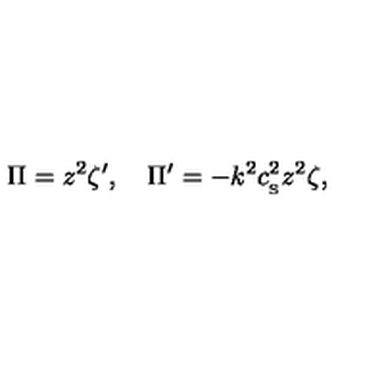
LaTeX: \Pi = z ^ { 2 } \zeta ^ { \prime } , \quad \Pi ^ { \prime } = - k ^ { 2 } c _ { _ \mathrm { S } } ^ { 2 } z ^ { 2 } \zeta ,